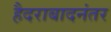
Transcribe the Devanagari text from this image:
हैदराबादनंतर